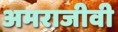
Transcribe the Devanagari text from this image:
अमराजीवी